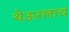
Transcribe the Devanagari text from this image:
थेऊरलाच